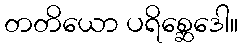
တတိယော ပရိစ္ဆေဒေါ။